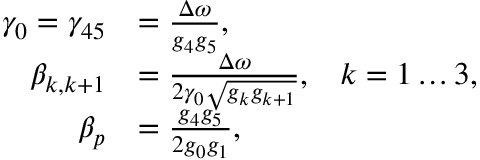
\begin{array} { r l } { \gamma _ { 0 } = \gamma _ { 4 5 } } & { = \frac { \Delta \omega } { g _ { 4 } g _ { 5 } } , } \\ { \beta _ { k , k + 1 } } & { = \frac { \Delta \omega } { 2 \gamma _ { 0 } \sqrt { g _ { k } g _ { k + 1 } } } , \; \; \; k = 1 \dots 3 , } \\ { \beta _ { p } } & { = \frac { g _ { 4 } g _ { 5 } } { 2 g _ { 0 } g _ { 1 } } , } \end{array}